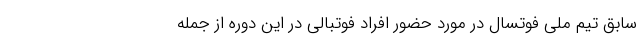
سابق تیم ملی فوتسال در مورد حضور افراد فوتبالی در این دوره از جمله